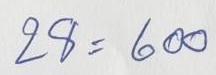
28 = 600